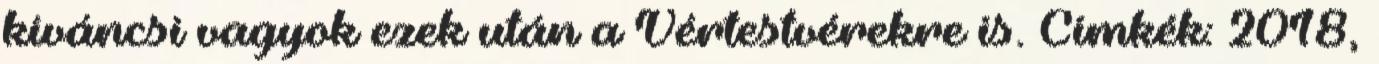
kíváncsi vagyok ezek után a Vértestvérekre is. Címkék: 2018,